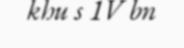
khu s 1V bn